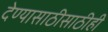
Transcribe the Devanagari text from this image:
देण्यासाठीसाठीही